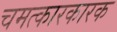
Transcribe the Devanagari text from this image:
चमत्कारकारक